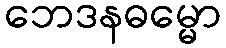
ဘေဒနဓမ္မော